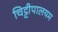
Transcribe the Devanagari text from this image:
चिट्टीपालयम